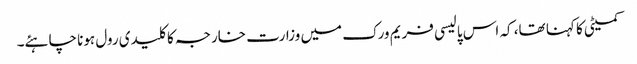
کمیٹی کا کہنا تھا، کہ اس پالیسی فریم ورک میں وزارت خارجہ کا کلیدی رول ہونا چاہئے۔